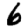
Digit: 6